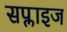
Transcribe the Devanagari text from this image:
सप्लाइज